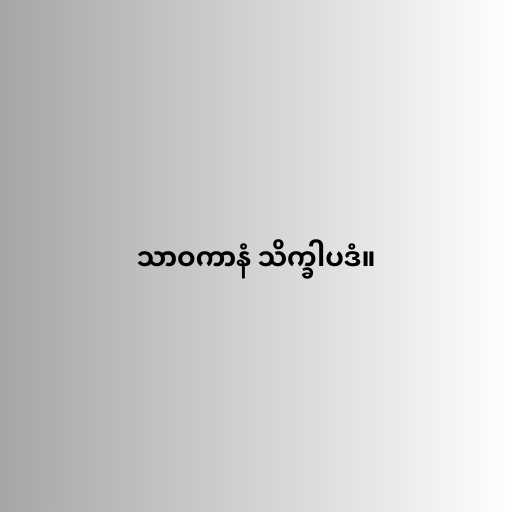
သာဝကာနံ သိက္ခါပဒံ။